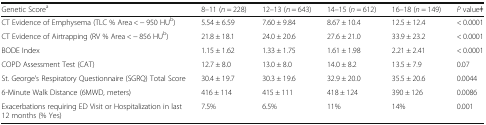
<table><thead><tr><td><b>Genetic Score<sup>a</sup></b></td><td><b>8–11 (<i>n</i> = 228)</b></td><td><b>12–13 (<i>n</i> = 643)</b></td><td><b>14–15 (<i>n</i> = 612)</b></td><td><b>16–18 (<i>n</i> = 149)</b></td><td><b><i>P</i> valueǂ</b></td></tr></thead><tbody><tr><td>CT Evidence of Emphysema (TLC % Area &lt; − 950 HU<sup>b</sup>)</td><td>5.54 ± 6.59</td><td>7.60 ± 9.84</td><td>8.67 ± 10.4</td><td>12.5 ± 12.4</td><td>&lt; 0.0001</td></tr><tr><td>CT Evidence of Airtrapping (RV % Area &lt; − 856 HU<sup>b</sup>)</td><td>21.8 ± 18.1</td><td>24.0 ± 20.6</td><td>27.6 ± 21.0</td><td>33.9 ± 23.2</td><td>&lt; 0.0001</td></tr><tr><td>BODE Index</td><td>1.15 ± 1.62</td><td>1.33 ± 1.75</td><td>1.61 ± 1.98</td><td>2.21 ± 2.41</td><td>&lt; 0.0001</td></tr><tr><td>COPD Assessment Test (CAT)</td><td>12.7 ± 8.0</td><td>13.0 ± 8.0</td><td>14.0 ± 8.2</td><td>13.5 ± 7.9</td><td>0.07</td></tr><tr><td>St. George’s Respiratory Questionnaire (SGRQ) Total Score</td><td>30.4 ± 19.7</td><td>30.3 ± 19.6</td><td>32.9 ± 20.0</td><td>35.5 ± 20.6</td><td>0.0044</td></tr><tr><td>6-Minute Walk Distance (6MWD, meters)</td><td>416 ± 114</td><td>415 ± 111</td><td>418 ± 124</td><td>390 ± 126</td><td>0.0086</td></tr><tr><td>Exacerbations requiring ED Visit or Hospitalization in last 12 months (% Yes)</td><td>7.5%</td><td>6.5%</td><td>11%</td><td>14%</td><td>0.001</td></tr></tbody></table>